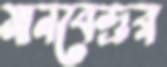
মানবেন্দ্রর